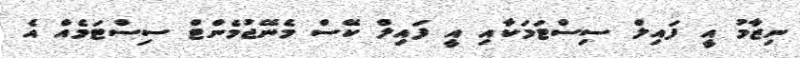
ނިޒާމު އީ ފައިލް ސިސްޓަމަކާއި އީ ފައިލް ކޭސް މެނޭޖުމެންޓް ސިސްޓަމެއް އެ